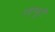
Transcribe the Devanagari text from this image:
त्वग्पुटी